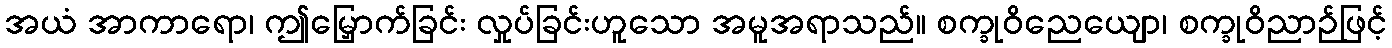
အယံ အာကာရော၊ ဤမြှောက်ခြင်း လှုပ်ခြင်းဟူသော အမူအရာသည်။ စက္ခုဝိညေယျော၊ စက္ခုဝိညာဉ်ဖြင့်